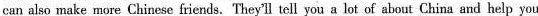
can also make more Chinese friends. They'll tell you a lot of about China and help you